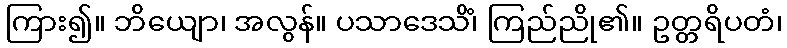
ကြား၍။ ဘိယျော၊ အလွန်။ ပသာဒေသိံ၊ ကြည်ညို၏။ ဥတ္တရိပတံ၊